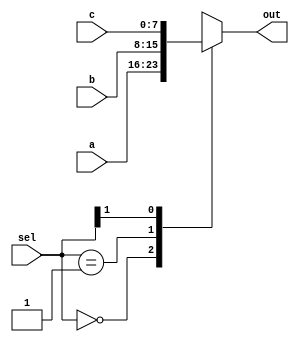
module hex_mux ( input [7:0] a,                 // block 1
                       input [7:0] b,                 // block 2
                       input [7:0] c,                 // block 3
                       input [1:0] sel,               
                       output reg [7:0] out);         
 always @ (a or b or c or sel) begin
      casex (sel)
         2'b00 : out <= a;
         2'b01 : out <= b;
         2'b1x : out <= c;
      endcase
   end
endmodule